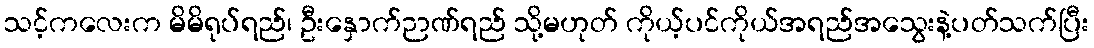
သင့်ကလေးက မိမိရုပ်ရည်၊ ဦးနှောက်ဉာဏ်ရည် သို့မဟုတ် ကိုယ့်ပင်ကိုယ်အရည်အသွေးနဲ့ပတ်သက်ပြီး